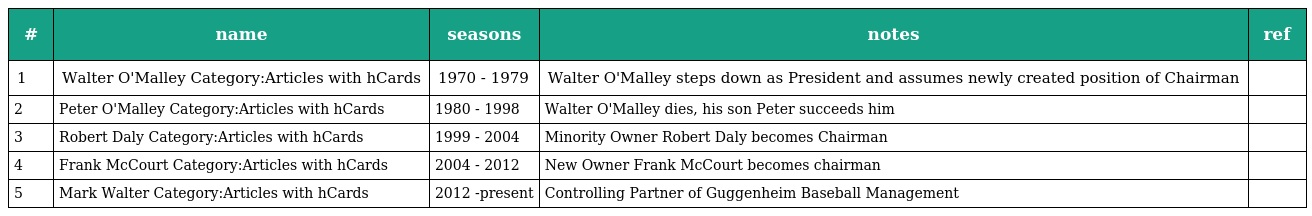
| # | name | seasons | notes | ref |
 | --- | --- | --- | --- | --- |
 | 1 | Walter O'Malley Category:Articles with hCards | 1970 - 1979 | Walter O'Malley steps down as President and assumes newly created position of Chairman |  |
 | 2 | Peter O'Malley Category:Articles with hCards | 1980 - 1998 | Walter O'Malley dies, his son Peter succeeds him |  |
 | 3 | Robert Daly Category:Articles with hCards | 1999 - 2004 | Minority Owner Robert Daly becomes Chairman |  |
 | 4 | Frank McCourt Category:Articles with hCards | 2004 - 2012 | New Owner Frank McCourt becomes chairman |  |
 | 5 | Mark Walter Category:Articles with hCards | 2012 -present | Controlling Partner of Guggenheim Baseball Management |  |